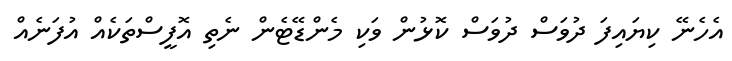
އެހެނޭ ކިޔައިފަ ދުވަސް ދުވަސް ކޮޅުން ވަކި މެންޑޭޓެން ނެތި އޮފީސްތަކެއް އުފަނެއް